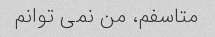
متاسفم، من نمی توانم